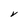
Character: V